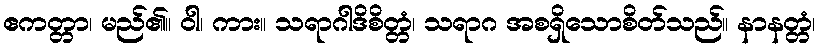
ဧကတ္တာ၊ မည်၏။ ဝါ၊ ကား။ သရာဂါဒိစိတ္တံ၊ သရာဂ အစရှိသောစိတ်သည်။ နာနတ္တံ၊